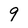
Character: 9